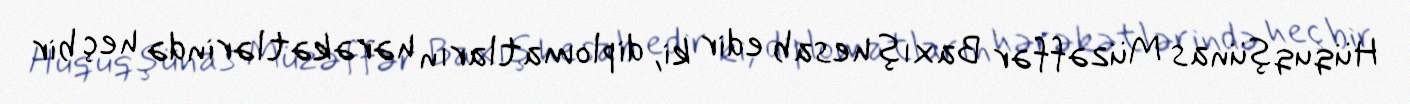
Hüquqşünas Müzəffər Baxış hesab edir ki, diplomatların hərəkətlərində heç bir